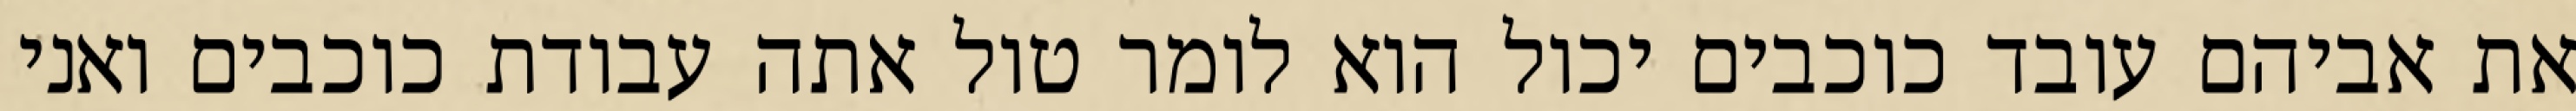
את אביהם עובד כוכבים יכול הוא לומר טול אתה עבודת כוכבים ואני